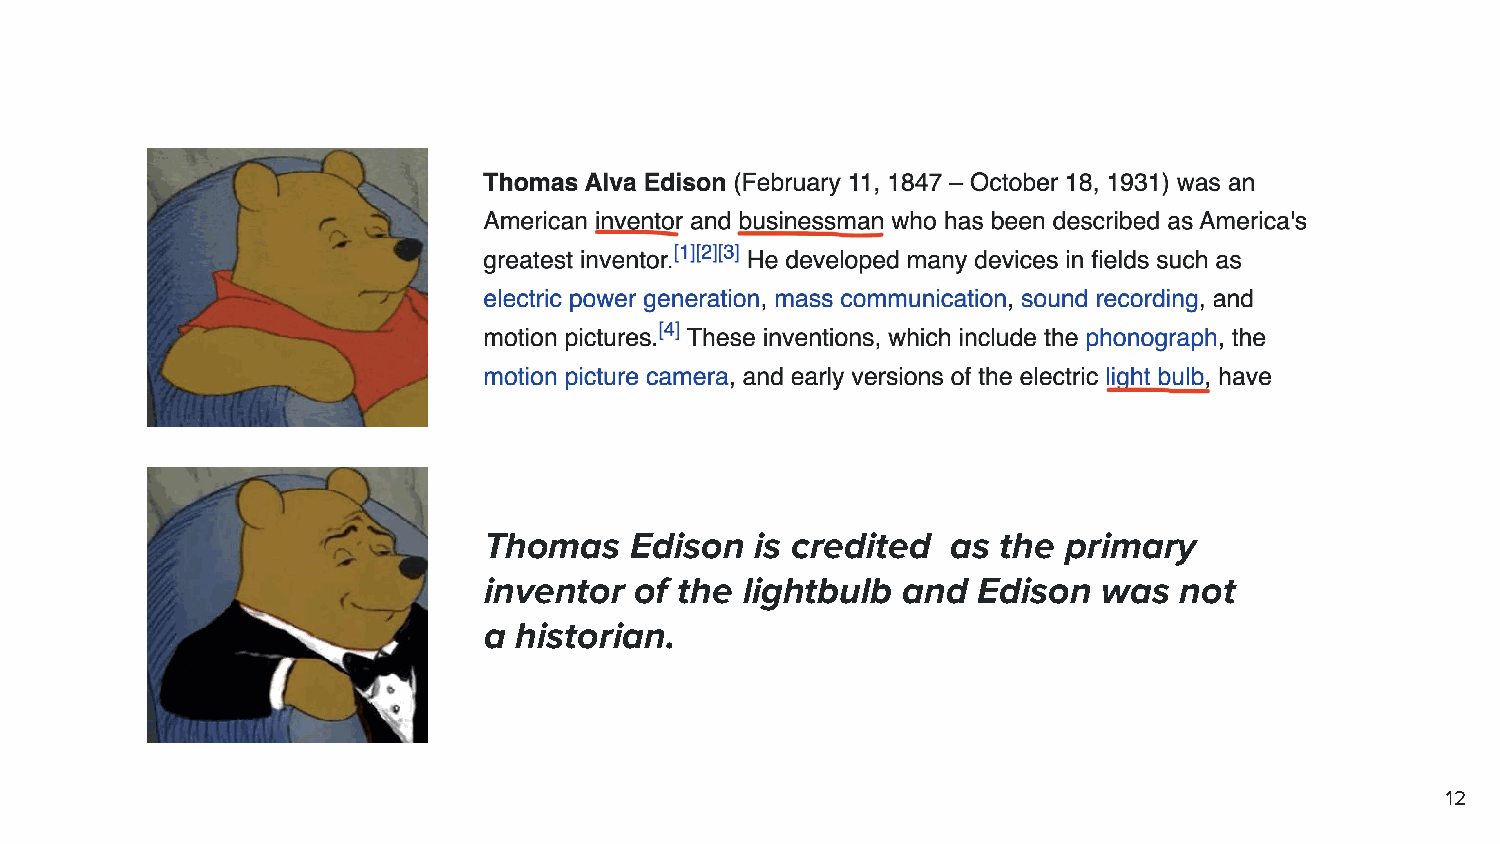
Thomas    Edison  is credited  as the  primary
 inventor  of the lightbulb  and  Edison  was  not
 a historian.
 12